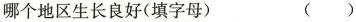
哪个地区生长良好(填字母) ( )